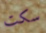
سكت